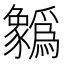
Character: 𲂢